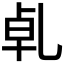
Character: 𠃵